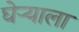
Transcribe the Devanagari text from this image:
घेऱ्याला